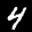
Label: 4